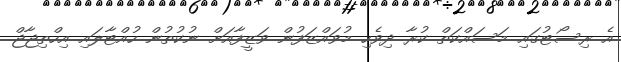
އެ ރިސޯޓުގައި މަސައްކަތް ކުރާ ދިވެހި މުވައްޒަފުން ވަޒީފާއަށް ނުކުތުން ހުއްޓާލައި އިހްތިޖާޖް